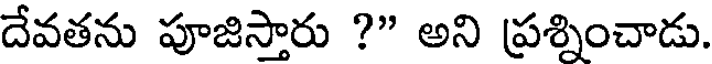
దేవతను పూజిస్తారు ?" అని ప్రశ్నించాడు.